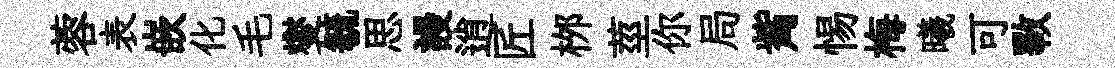
蓉表嵌化毛燮毓思謾逍匠桞莖你局觜惕梅曦可斁